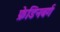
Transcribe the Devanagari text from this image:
फ्रेडिनबर्ग